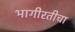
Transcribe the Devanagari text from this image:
भागीरतीचा